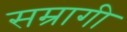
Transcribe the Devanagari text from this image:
सम्रागी